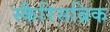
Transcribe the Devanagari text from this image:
स्कैरिसब्रिक